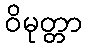
ဝိမုတ္တာ